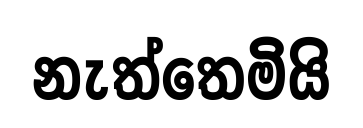
නැත්තෙමියි